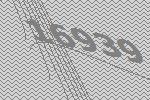
16939